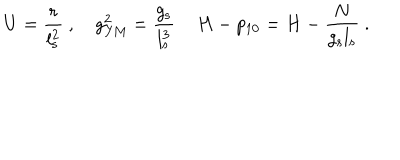
LaTeX: U = \frac { r } { l _ { \mathrm { s } } ^ { 2 } } \ , \quad g _ { \mathrm { Y M } } ^ { 2 } = \frac { g _ { \mathrm { s } } } { l _ { \mathrm { s } } ^ { 3 } } \, \quad H - p _ { 1 0 } = H - \frac { N } { g _ { \mathrm { s } } l _ { \mathrm { s } } } \ .